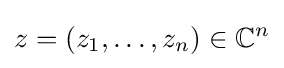
z=\left(z_{1},\dots ,z_{n}\right)\in \mathbb {C} ^{n}